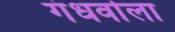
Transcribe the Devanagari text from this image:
गंधर्वाला